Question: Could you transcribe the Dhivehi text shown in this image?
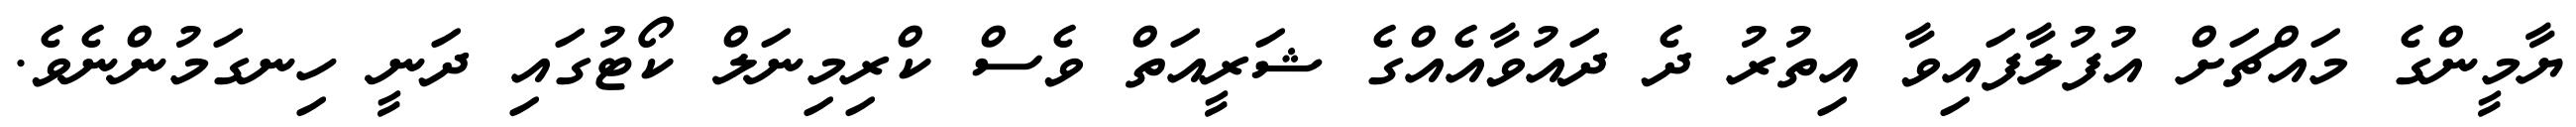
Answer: ޔާމީންގެ މައްޗަށް އުފުލާފައިވާ އިތުރު ދެ ދައުވާއެއްގެ ޝަރީއަތް ވެސް ކްރިމިނަލް ކޯޓުގައި ދަނީ ހިނގަމުންނެވެ.